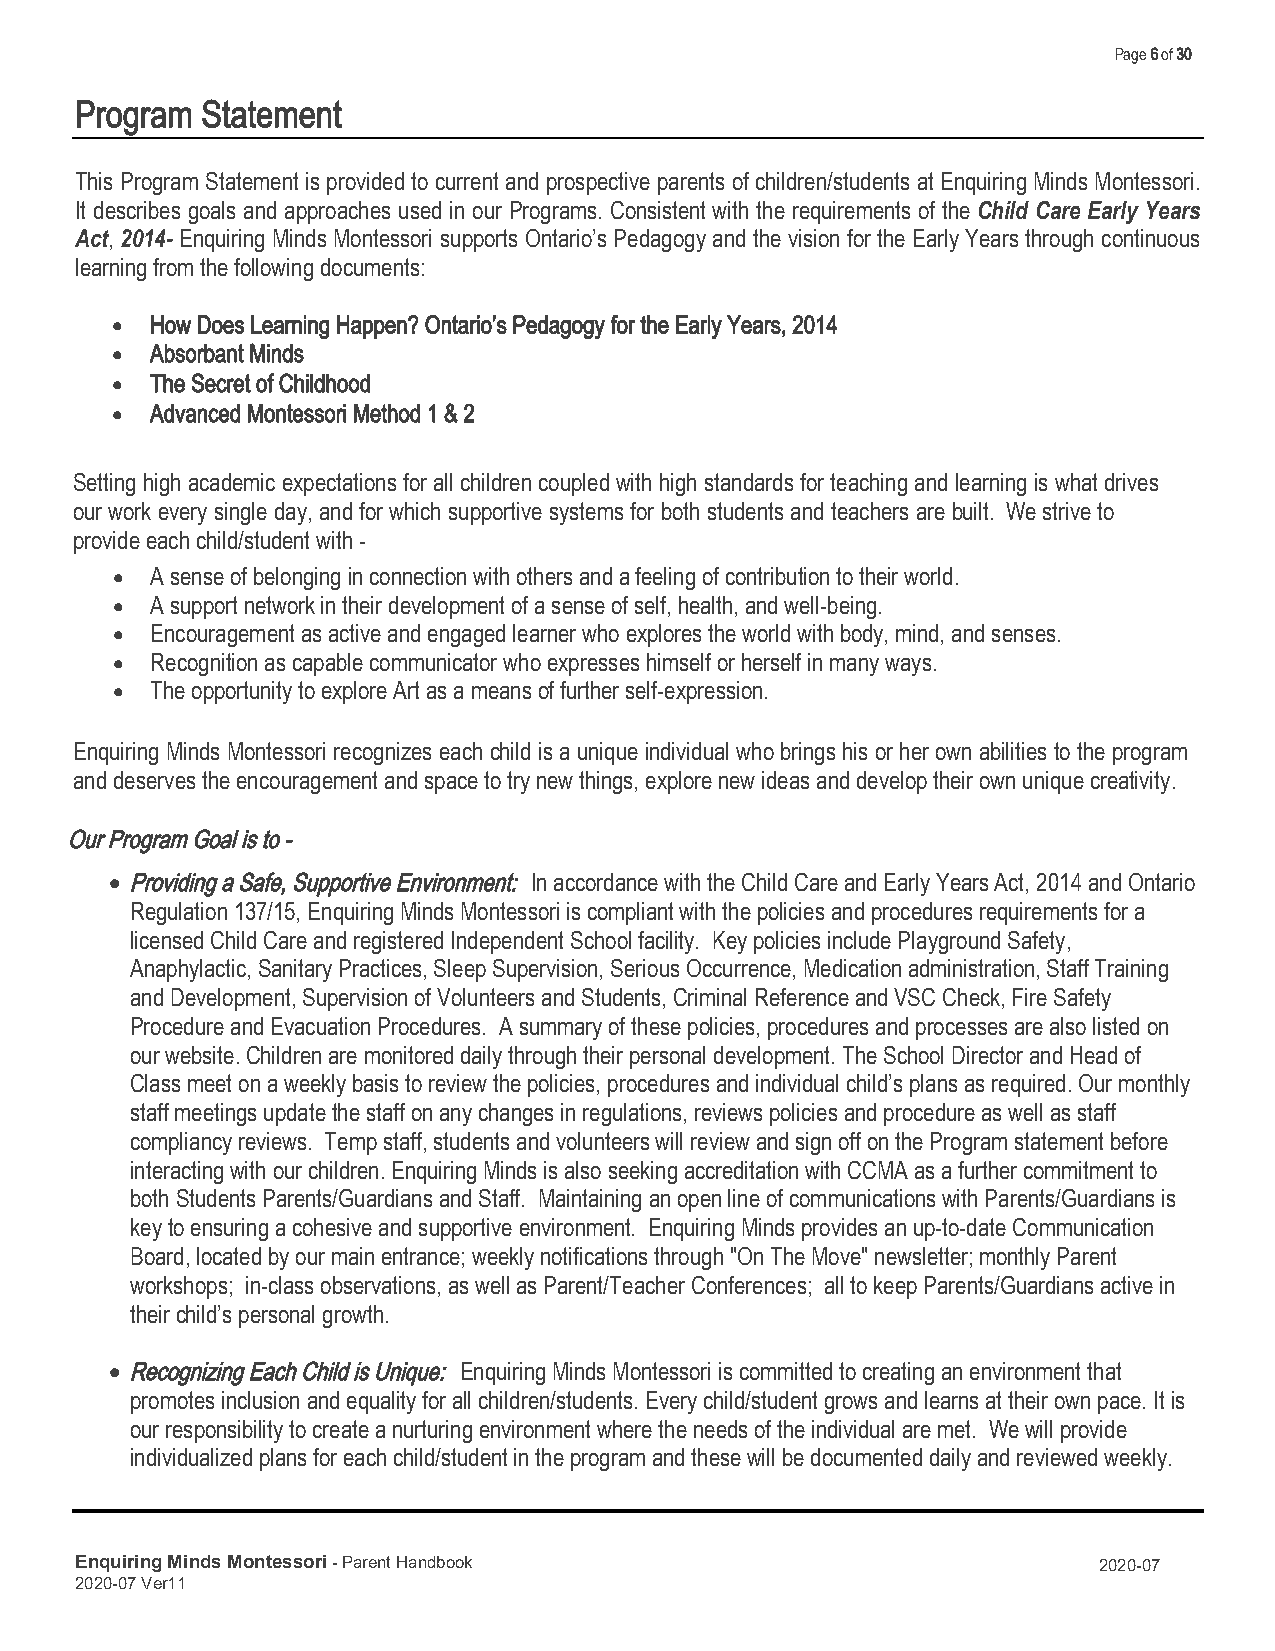
Page 6 of 30
 Program Statement
 This Program Statement is provided to current and prospective parents of children/students at Enquiring Minds Montessori.
 It describes goals and approaches used in our Programs. Consistent with the requirements of the Child Care Early Years
 Act, 2014- Enquiring Minds Montessori supports Ontario’s Pedagogy and the vision for the Early Years through continuous
 learning from the following documents:
 •  How Does Learning Happen? Ontario’s Pedagogy for the Early Years, 2014
 •  Absorbant Minds
 •  The Secret of Childhood
 •  Advanced Montessori Method 1 & 2
 Setting high academic expectations for all children coupled with high standards for teaching and learning is what drives
 our work every single day, and for which supportive systems for both students and teachers are built. We strive to
 provide each child/student with -
 •  A sense of belonging in connection with others and a feeling of contribution to their world.
 •  A support network in their development of a sense of self, health, and well-being.
 •  Encouragement as active and engaged learner who explores the world with body, mind, and senses.
 •  Recognition as capable communicator who expresses himself or herself in many ways.
 •  The opportunity to explore Art as a means of further self-expression.
 Enquiring Minds Montessori recognizes each child is a unique individual who brings his or her own abilities to the program
 and deserves the encouragement and space to try new things, explore new ideas and develop their own unique creativity.
 Our Program Goal is to -
 • Providing a Safe, Supportive Environment: In accordance with the Child Care and Early Years Act, 2014 and Ontario
 Regulation 137/15, Enquiring Minds Montessori is compliant with the policies and procedures requirements for a
 licensed Child Care and registered Independent School facility. Key policies include Playground Safety,
 Anaphylactic, Sanitary Practices, Sleep Supervision, Serious Occurrence, Medication administration, Staff Training
 and Development, Supervision of Volunteers and Students, Criminal Reference and VSC Check, Fire Safety
 Procedure and Evacuation Procedures. A summary of these policies, procedures and processes are also listed on
 our website. Children are monitored daily through their personal development. The School Director and Head of
 Class meet on a weekly basis to review the policies, procedures and individual child’s plans as required. Our monthly
 staff meetings update the staff on any changes in regulations, reviews policies and procedure as well as staff
 compliancy reviews. Temp staff, students and volunteers will review and sign off on the Program statement before
 interacting with our children. Enquiring Minds is also seeking accreditation with CCMA as a further commitment to
 both Students Parents/Guardians and Staff. Maintaining an open line of communications with Parents/Guardians is
 key to ensuring a cohesive and supportive environment. Enquiring Minds provides an up-to-date Communication
 Board, located by our main entrance; weekly notifications through "On The Move" newsletter; monthly Parent
 workshops; in-class observations, as well as Parent/Teacher Conferences; all to keep Parents/Guardians active in
 their child’s personal growth.
 • Recognizing Each Child is Unique: Enquiring Minds Montessori is committed to creating an environment that
 promotes inclusion and equality for all children/students. Every child/student grows and learns at their own pace. It is
 our responsibility to create a nurturing environment where the needs of the individual are met. We will provide
 individualized plans for each child/student in the program and these will be documented daily and reviewed weekly.
 Enquiring Minds Montessori - Parent Handbook                        2020-07
 2020-07 Ver11